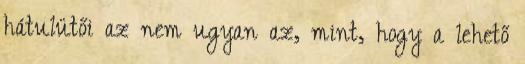
hátulütői az nem ugyan az, mint, hogy a lehető